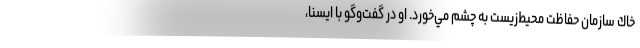
خاك سازمان حفاظت محيط‌زيست به چشم مي‌خورد. او در گفت‌و‌گو با ايسنا،